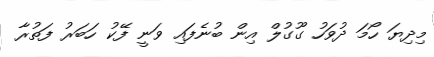
މިދިޔަ ހޯމަ ދުވަހު ގޫގުލް އިން ބުނެފައި ވަނީ ފޭކު ހަބަރު ފަތުރާ